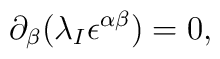
\partial _{\beta }(\lambda _{I}\epsilon ^{\alpha \beta })=0,